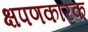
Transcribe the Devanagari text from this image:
क्षपणकारक